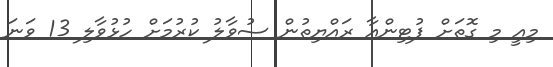
މިއީ މި ގޮތަށް ޕުޓިންއާ ރައްޔިތުން ސުވާލު ކުރުމަށް ހުޅުވާލި 13 ވަނަ